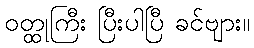
ဝတ္ထုကြီး ပြီးပါပြီ ခင်ဗျား။